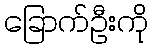
ခြောက်ဦးကို